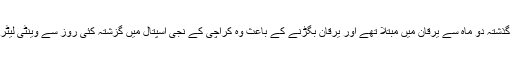
عابد علی گذشتہ دو ماہ سے یرقان میں مبتلا تھے اور یرقان بگڑنے کے باعث وہ کراچی کے نجی اسپتال میں گزشتہ کئی روز سے وینٹی لیٹر پر تھے۔